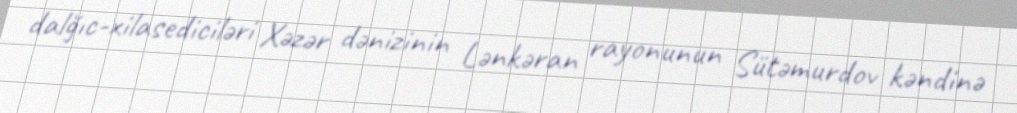
dalğıc-xilasediciləri Xəzər dənizinin Lənkəran rayonunun Sütəmurdov kəndinə